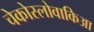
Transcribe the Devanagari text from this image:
चेकोस्लोवाकिआ